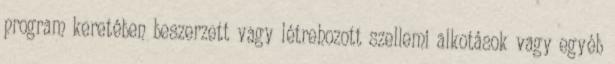
program keretében beszerzett vagy létrehozott szellemi alkotások vagy egyéb